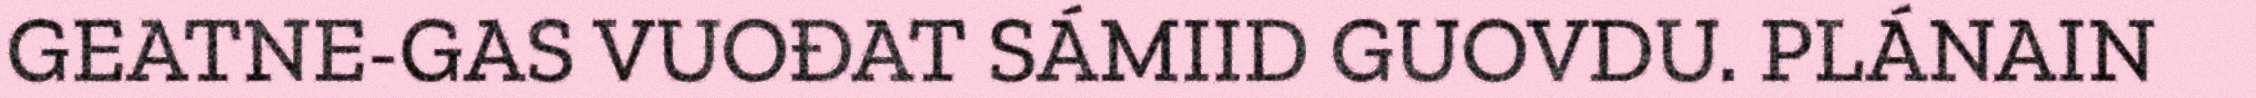
GEATNE-GAS VUOĐAT SÁMIID GUOVDU. PLÁNAIN